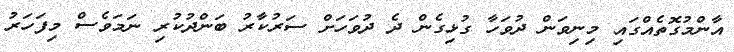
އާންމުގޮތެއްގައި މިނިވަން ދުވަހާ ގުޅިގެން ދެ ދުވަހަށް ސަރުކާރު ބަންދުކުރި ނަމަވެސް މިފަހަރު